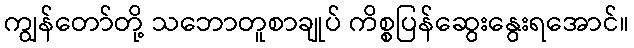
ကျွန်တော်တို့ သဘောတူစာချုပ် ကိစ္စပြန်ဆွေးနွေးရအောင်။